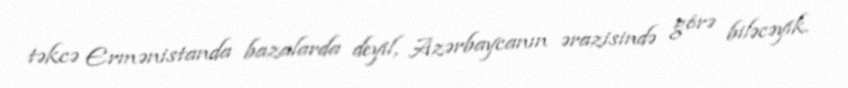
təkcə Ermənistanda bazalarda deyil, Azərbaycanın ərazisində görə biləcəyik.